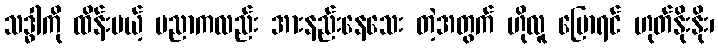
သဒ္ဓါကို ထိန်းမယ့် ပညာကလည်း အားနည်းနေသေး တဲ့အတွက် ဟိုလူ ပြောရင် ဟုတ်နိုးနိုး၊